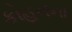
કોહનના